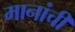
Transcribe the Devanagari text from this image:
मानांची